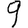
Digit: 9